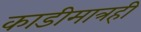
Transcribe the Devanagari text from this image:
काडीमात्रही